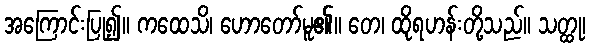
အကြောင်းပြု၍။ ကထေသိ၊ ဟောတော်မူ၏။ တေ၊ ထိုရဟန်းတို့သည်။ သတ္ထု၊